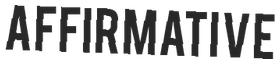
AFFIRMATIVE